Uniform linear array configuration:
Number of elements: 24
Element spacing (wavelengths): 0.5
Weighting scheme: hamming
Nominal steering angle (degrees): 30
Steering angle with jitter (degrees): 30.651
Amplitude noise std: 0.05
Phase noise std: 0.05

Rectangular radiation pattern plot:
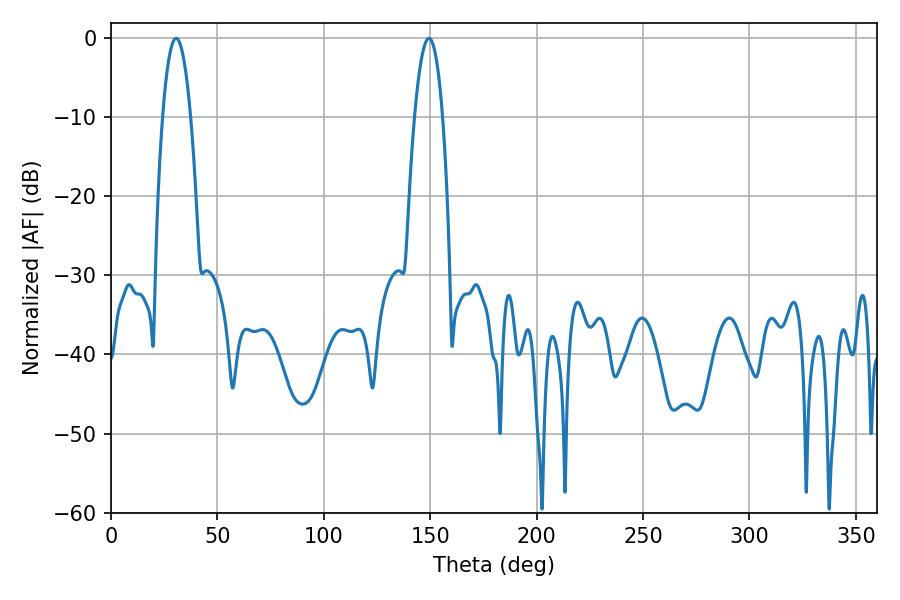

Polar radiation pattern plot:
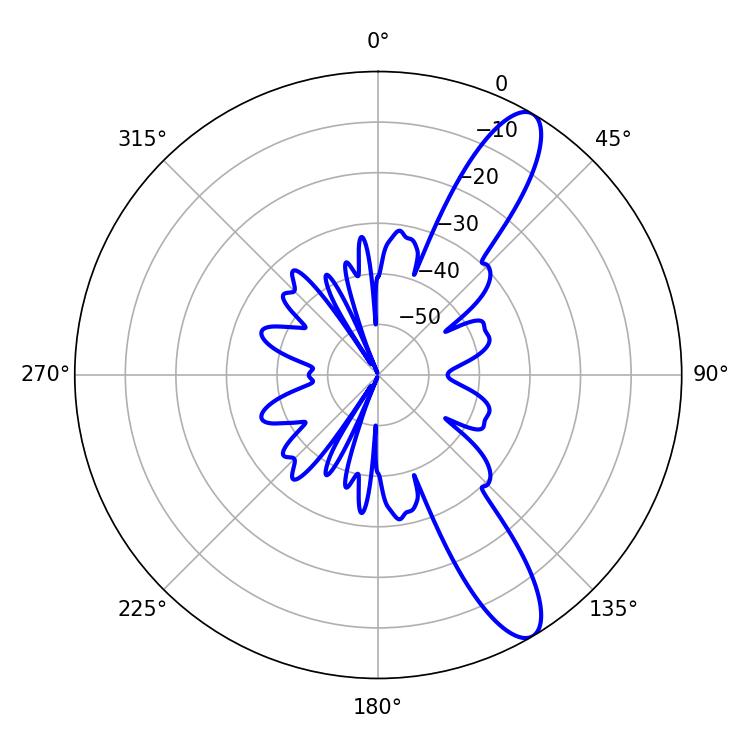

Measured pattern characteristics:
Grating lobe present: FALSE
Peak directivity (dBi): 11.561
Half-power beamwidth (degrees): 7.38
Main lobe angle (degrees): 149.4